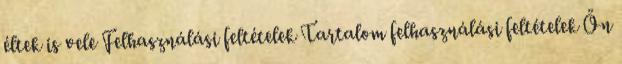
éltek is vele Felhasználási feltételek Tartalom felhasználási feltételek Ön